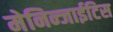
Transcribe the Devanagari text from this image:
मेनिन्जाईटिस